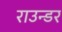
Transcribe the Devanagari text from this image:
राउन्डर